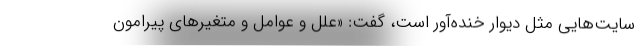
سایت‌هایی مثل دیوار خنده‌آور است، گفت: «علل و عوامل و متغیرهای پیرامون